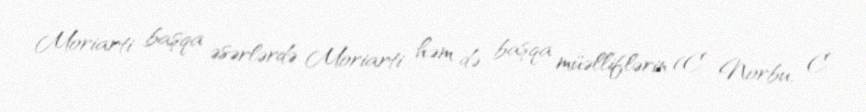
Moriarti başqa əsərlərdə Moriarti həm də başqa müəlliflərin (C. Norbu, C.